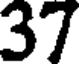
37